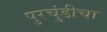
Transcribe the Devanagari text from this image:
पुरचुंडीचा